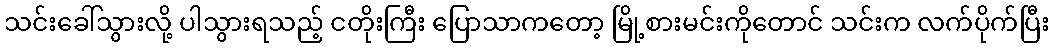
သင်းခေါ်သွားလို့ ပါသွားရသည့် ငတိုးကြီး ပြောသာကတော့ မြို့စားမင်းကိုတောင် သင်းက လက်ပိုက်ပြီး